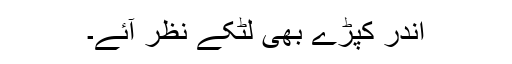
اندر کپڑے بھی لٹکے نظر آئے۔